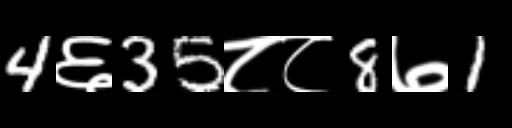
Text: 4६35८८8७1